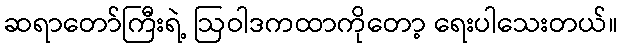
ဆရာတော်ကြီးရဲ့ ဩဝါဒကထာကိုတော့ ရေးပါသေးတယ်။